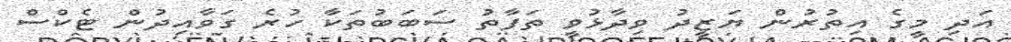
އަދި މީގެ އިތުރުން ޔަޒީދު ވިދާޅުވީ ތަފާތު ސަބަބުތަކާ ހުރެ ގަވާއިދުން ޓެކްސް